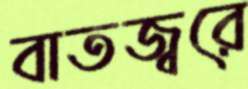
বাতজ্বরে